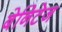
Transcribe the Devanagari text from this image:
बेनिटेज